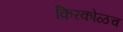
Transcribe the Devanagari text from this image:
किरकोळच